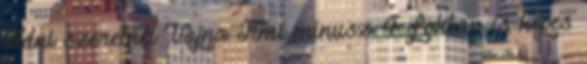
tudni szeretnél Vajna Timi mínusz 4 fokban is képes